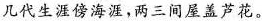
几代生涯傍海涯，两三间屋盖芦花。